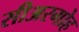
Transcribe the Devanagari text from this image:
सीअरगोह